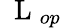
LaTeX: \mathrm{~\mathbf~L~}_{op}